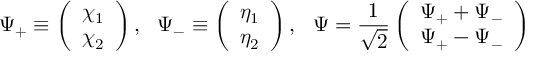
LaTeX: \Psi _ { + } \equiv \left( \begin{array} { c } { { \chi _ { 1 } } } \\ { { \chi _ { 2 } } } \end{array} \right) , ~ ~ \Psi _ { - } \equiv \left( \begin{array} { c } { { \eta _ { 1 } } } \\ { { \eta _ { 2 } } } \end{array} \right) , ~ ~ \Psi = \frac { 1 } { \sqrt { 2 } } \left( \begin{array} { c } { { \Psi _ { + } + \Psi _ { - } } } \\ { { \Psi _ { + } - \Psi _ { - } } } \end{array} \right)